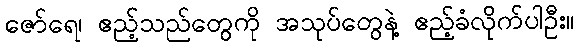
ဇော်ရေ၊ ဧည့်သည်တွေကို အသုပ်တွေနဲ့ ဧည့်ခံလိုက်ပါဦး။